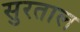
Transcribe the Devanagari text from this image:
सुरताल